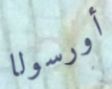
أورسولا